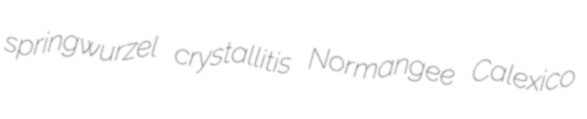
springwurzel crystallitis Normangee Calexico